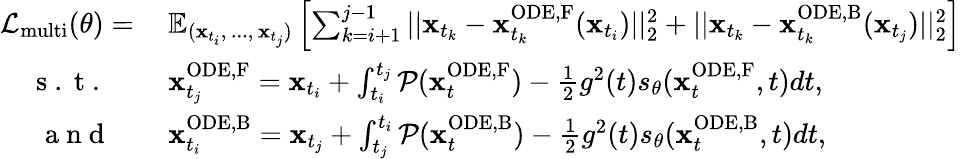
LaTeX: \begin{array}{rl}{\mathcal{L}_{\mathrm{multi}}(\theta)=\: }&{{}\mathbb{E}_{(\mathbf{x}_{t_{i}},\, ...,\, \mathbf{x}_{t_{j}})}\left[\sum_{k=i+1}^{j-1}||\mathbf{x}_{t_{k}}-\mathbf{x}_{t_{k}}^{\mathrm{ODE,F}}(\mathbf{x}_{t_{i}})||_{2}^{2}+||\mathbf{x}_{t_{k}}-\mathbf{x}_{t_{k}}^{\mathrm{ODE,B}}(\mathbf{x}_{t_{j}})||_{2}^{2}\right]}\\ {\mathrm{~s~.~t~.~}\quad}&{{}\mathbf{x}_{t_{j}}^{\mathrm{ODE,F}}=\mathbf{x}_{t_{i}}+\int_{t_{i}}^{t_{j}}\mathcal{P}(\mathbf{x}_{t}^{\mathrm{ODE,F}})-\frac{1}{2}g^{2}(t)s_{\theta}(\mathbf{x}_{t}^{\mathrm{ODE,F}},t)dt,}\\ {\mathrm{~a~n~d~}\quad}&{{}\mathbf{x}_{t_{i}}^{\mathrm{ODE,B}}=\mathbf{x}_{t_{j}}+\int_{t_{j}}^{t_{i}}\mathcal{P}(\mathbf{x}_{t}^{\mathrm{ODE,B}})-\frac{1}{2}g^{2}(t)s_{\theta}(\mathbf{x}_{t}^{\mathrm{ODE,B}},t)dt,}\end{array}